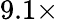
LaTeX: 9.1\times